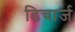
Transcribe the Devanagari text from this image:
डिचार्ज